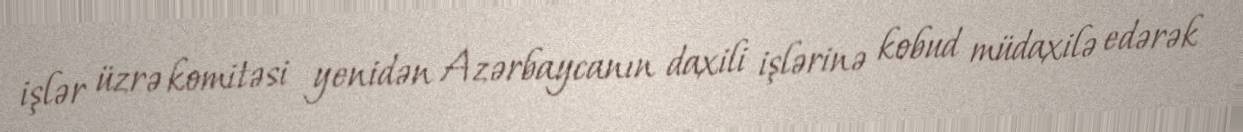
işlər üzrə komitəsi yenidən Azərbaycanın daxili işlərinə kobud müdaxilə edərək